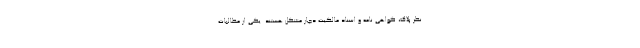
نظر پلاک، گواهی نامه و اسناد مالکیت دچار مشکل هستند. یکی از مطالبات